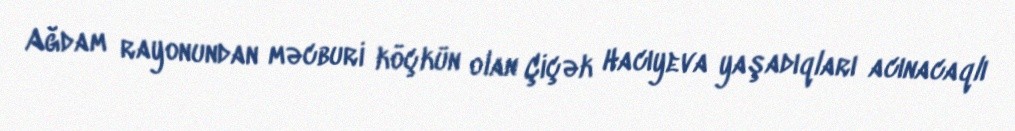
Ağdam rayonundan məcburi köçkün olan Çiçək Hacıyeva yaşadıqları acınacaqlı